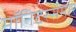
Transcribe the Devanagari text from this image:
मॉनिटरसमोर